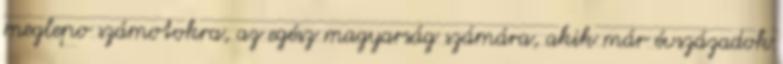
meglepo számotokra, az egész magyarság számára, akik már évszázadok